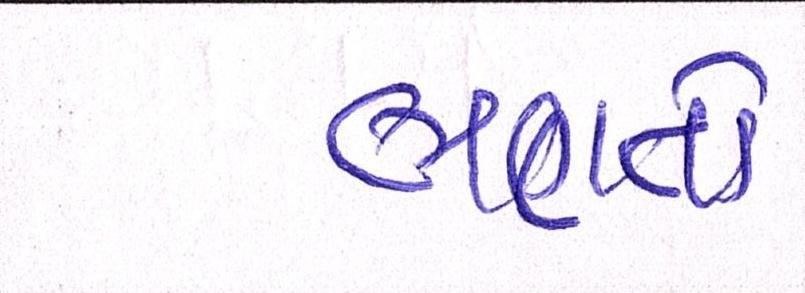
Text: ભણતો